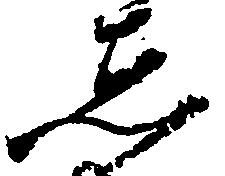
し